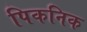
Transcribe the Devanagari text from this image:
पिकनिक